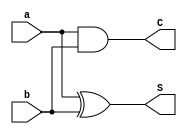
`timescale 1ns / 1ps

////////////////////////////////////////////////////////
// Assignment 3 - CS31001
// Implementing Half Adder
// Team Details - 
// Kushaz Sehgal - 20CS30030
// Jay Kumar Thakur - 20CS30024
////////////////////////////////////////////////////////

module HalfAdder(a, b, S, C);
	input a, b;
	output S, C;
	xor(S, a, b);
	and(C, a, b);
endmodule